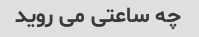
چه ساعتی می روید